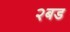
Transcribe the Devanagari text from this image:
२बड